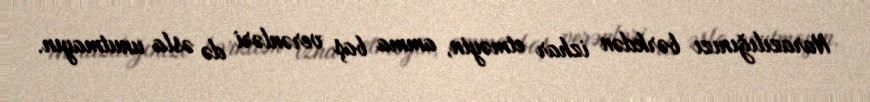
Narazılığınızı bərkdən izhar etməyin, amma baş verənləri də əsla unutmayın.